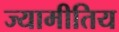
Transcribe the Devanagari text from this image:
ज्यामीतिय